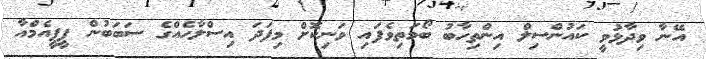
އޭނާ ވިދާޅުވީ ކައުންސިލް އިންތިހާބު ބޯމަތިވެފައި ވަނިކޮށް މިފަދަ އިސްލާހެއްގެ ސަބަބުން ޕީޕީއެމްއާ